Leaving Certificate Examination, 1915
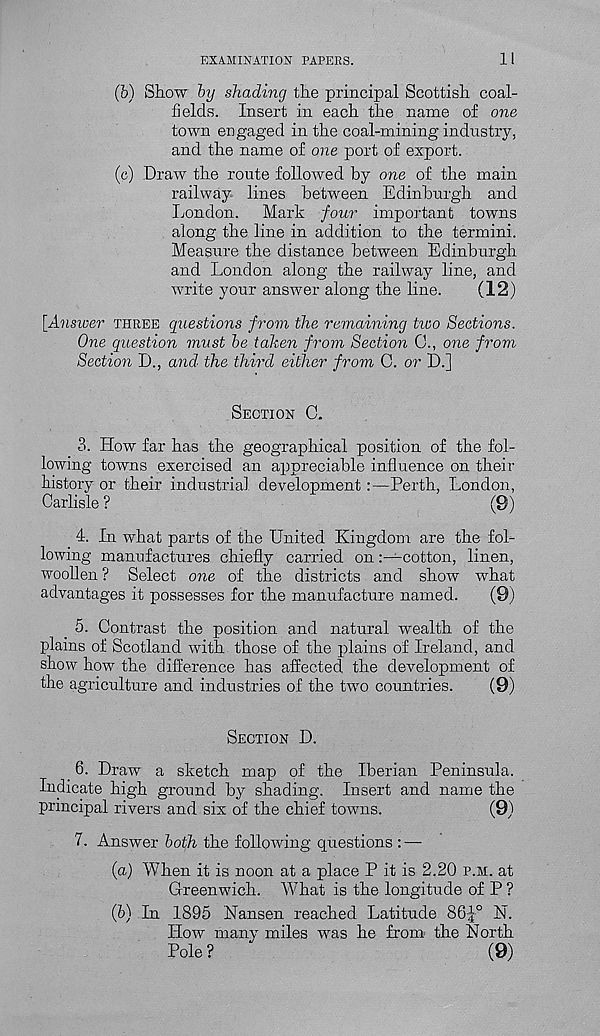
EXAMINATION PAPERS.
II
(b) Show by shading the principal Scottish coal-
fields. Insert in each the name of one
town engaged in the coal-mining industry,
and the name of one port of export.
(c) Draw the route followed by one of the main
railway lines between Edinburgh and
London. Mark four important towns
along the line in addition to the termini.
Measure the distance between Edinburgh
and London along the railway line, and
write your answer along the line.
(12)
[Answer THREE questions from the remaining two Sections.
One question must be taken from Section C., one from
Section D., and- the third either from C. or D.]
SECTION C.
3. How far has the geographical position of the fol-
lowing towns exercised an appreciable influence on their
history or their industrial, development :—Perth, London,
Carlisle ?
(9)
4. In what parts of the United Kingdom are the fol-
lowing manufactures chiefly carried on-cotton, linen,
woollen ? Select one of the districts and show what
advantages it possesses for the manufacture named.
(9)
5. Contrast the position and natural wealth of the
plains of Scotland with those of the plains of Ireland, and
show how the difference has affected the development of
the agriculture and industries of the two countries.
(9)
SECTION D.
_ 6- Draw a sketch map of the Iberian Peninsula.
Indicate high ground by shading. Insert and name the
principal rivers and six of the chief towns.
(9)
7. Answer both the following questions : —
(а) When it is noon at a place P it is 2.20 P.M. at
Greenwich. What is the longitude of P ?
(б) In 1895 Nansen reached Latitude 86^° N.
How many miles 'was he from the North
Pole ?
(9)